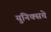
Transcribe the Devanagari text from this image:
युनिक्सचे